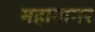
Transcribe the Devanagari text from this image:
महानागर